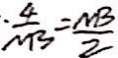
\frac { 4 } { N B } = \frac { N B } { 2 }